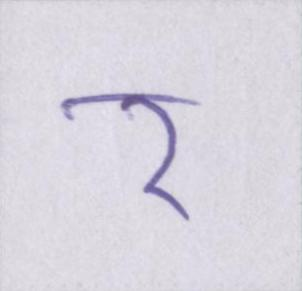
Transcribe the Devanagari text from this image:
र